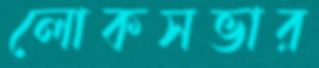
লোকসভার